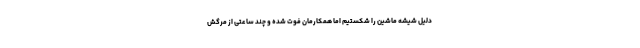
دلیل شیشه ماشین را شکستیم اما همکارمان فوت شده و چند ساعتی از مرگش